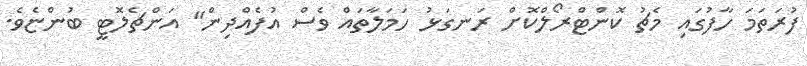
ފުރަތަމަ ހާފުގައި މެޗު ކޮންޓްރޯލްކޮށް ރަނގަޅު ހަމަލާތައް ވެސް އުފެއްދިން" އަންޗެލޮޓީ ބުންޏެވެ.